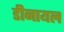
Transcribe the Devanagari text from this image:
डीनायल